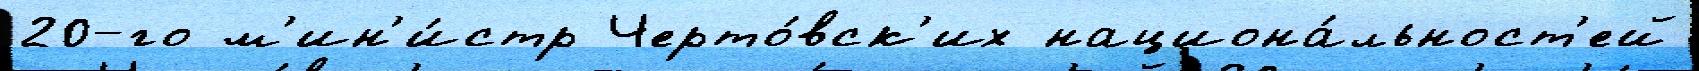
20-го м'ин'и́стр Черто́вск'их национа́льност'ей